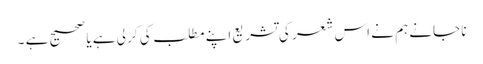
نا جانے ہم نے اس شعر کی تشریع اپنے مطلب کی کر لی ہے یا صحیح ہے ۔